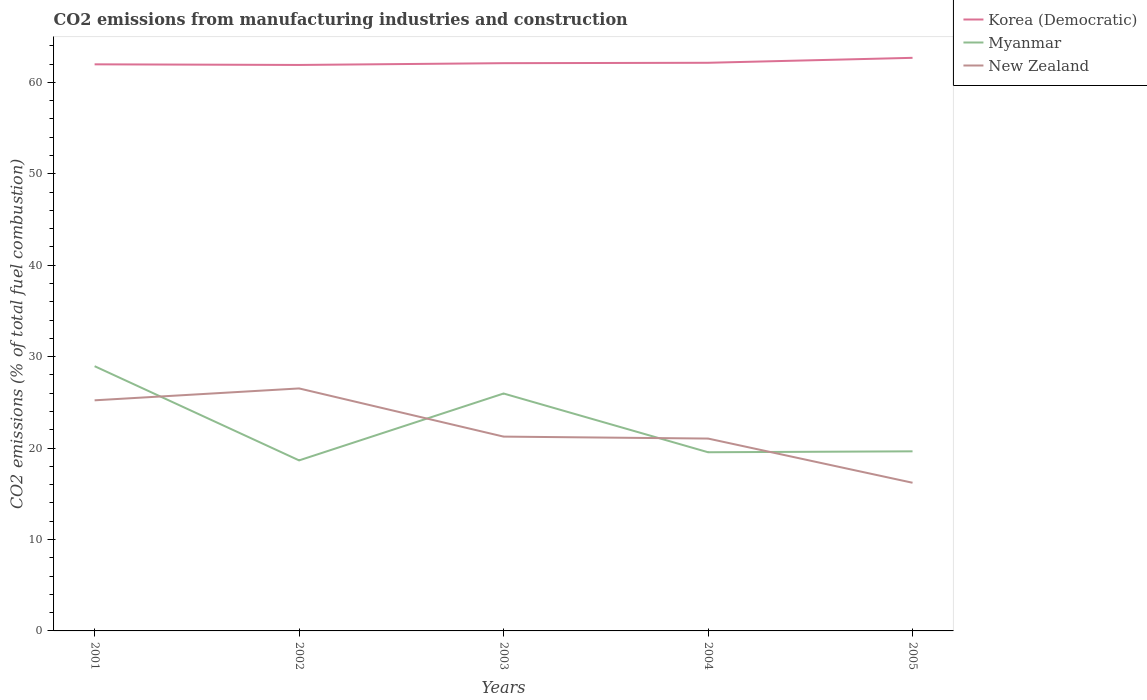
| Years | Korea (Democratic) | Myanmar | New Zealand |
 | --- | --- | --- | --- |
 | 2001 | 62 | 29 | 25.2 |
 | 2002 | 61.9 | 18.7 | 26.5 |
 | 2003 | 62.1 | 26 | 21.3 |
 | 2004 | 62.1 | 19.5 | 21 |
 | 2005 | 62.7 | 19.6 | 16.2 |